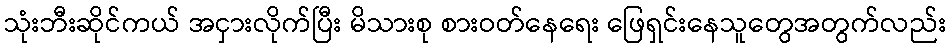
သုံးဘီးဆိုင်ကယ် အငှားလိုက်ပြီး မိသားစု စားဝတ်နေရေး ဖြေရှင်းနေသူတွေအတွက်လည်း